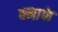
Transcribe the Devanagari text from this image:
क्नाफे